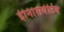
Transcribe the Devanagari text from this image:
ईनिशियेटिव